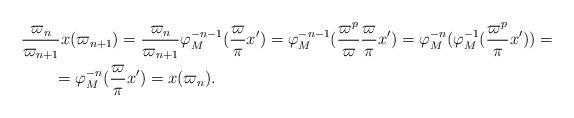
LaTeX: \begin{align*}&\frac{\varpi_n}{\varpi_{n+1}} x(\varpi_{n+1}) = \frac{\varpi_n}{\varpi_{n+1}} \varphi_M^{-n-1}(\frac\varpi\pi x') = \varphi_M^{-n-1}(\frac{\varpi^p}{\varpi} \frac\varpi\pi x') = \varphi_M^{-n}(\varphi_M^{-1}(\frac{\varpi^p}\pi x')) =\\&\qquad= \varphi_M^{-n}(\frac\varpi\pi x') = x(\varpi_n).\end{align*}